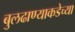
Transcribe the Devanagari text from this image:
बुलढाण्याकडेच्या